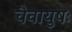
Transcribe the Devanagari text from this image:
चैवायुषः